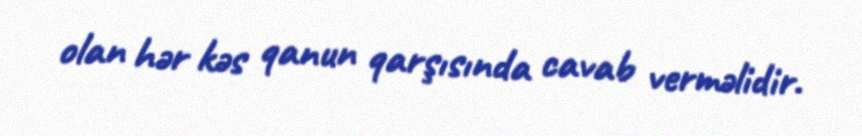
olan hər kəs qanun qarşısında cavab verməlidir.